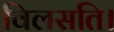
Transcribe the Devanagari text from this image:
विलसति।